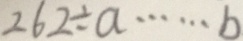
2 6 2 \div a \cdots b